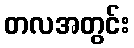
တလအတွင်း